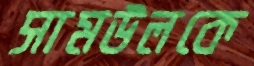
সামউলকে